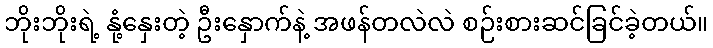
ဘိုးဘိုးရဲ့ နုံ့နှေးတဲ့ ဦးနှောက်နဲ့ အဖန်တလဲလဲ စဉ်းစားဆင်ခြင်ခဲ့တယ်။